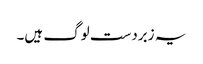
یہ زبردست لوگ ہیں۔